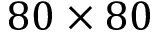
8 0 \times 8 0